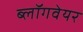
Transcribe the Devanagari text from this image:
ब्लॉगवेयर